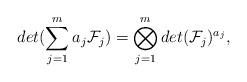
LaTeX: \begin{align*}det(\sum_{j=1}^{m}a_{j}\mathcal{F}_{j})=\bigotimes_{j=1}^{m}det(\mathcal{F}_{j})^{a_{j}},\end{align*}